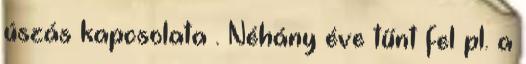
úszás kapcsolata . Néhány éve tűnt fel pl. a